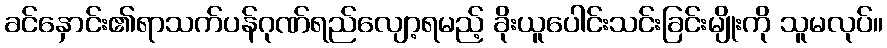
ခင်နှောင်း၏ရာသက်ပန်ဂုဏ်ရည်လျော့ရမည့် ခိုးယူပေါင်းသင်းခြင်းမျိုးကို သူမလုပ်။